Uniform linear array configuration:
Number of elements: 48
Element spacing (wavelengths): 0.75
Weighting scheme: blackman
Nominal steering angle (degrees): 45
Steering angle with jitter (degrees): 45.318
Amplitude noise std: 0.05
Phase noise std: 0.05

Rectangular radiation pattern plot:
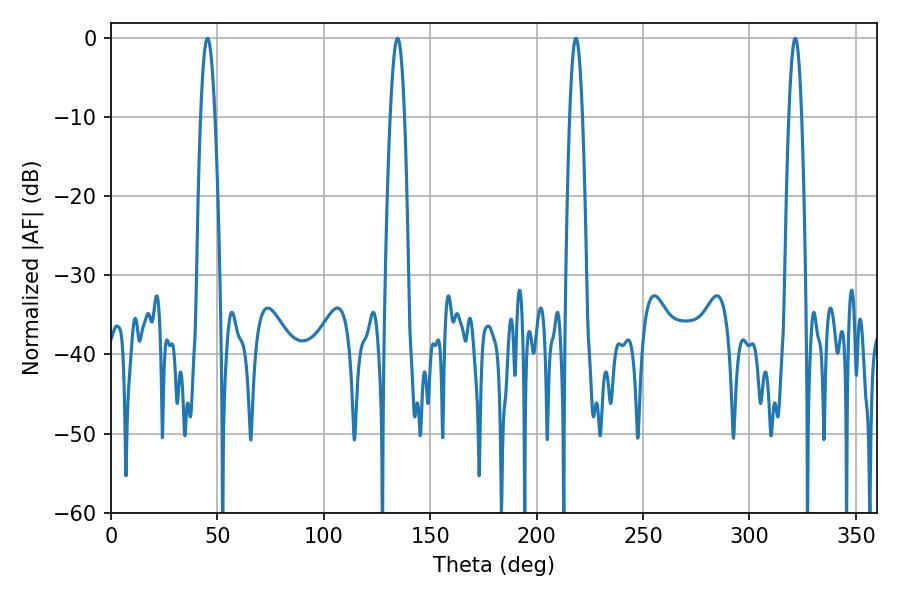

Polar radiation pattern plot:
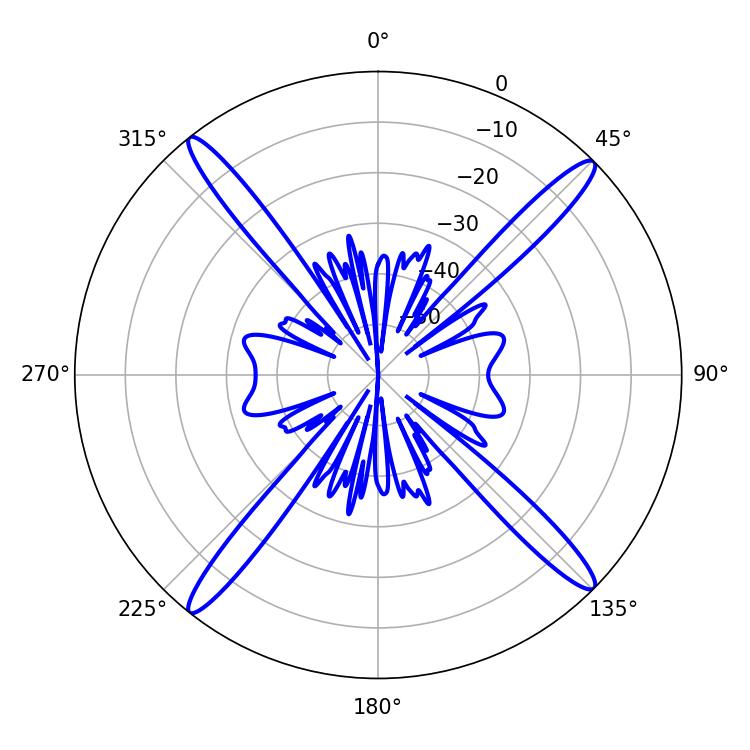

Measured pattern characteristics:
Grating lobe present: TRUE
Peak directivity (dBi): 19.683
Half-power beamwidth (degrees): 3.6
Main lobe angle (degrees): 45.36